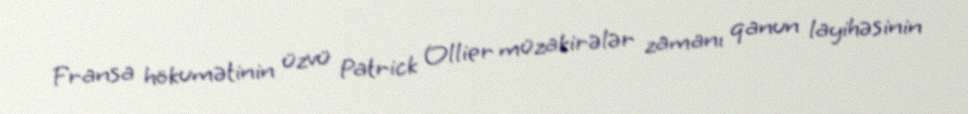
Fransa hökumətinin üzvü Patrick Ollier müzakirələr zamanı qanun layihəsinin